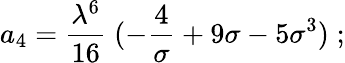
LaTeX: a_{4}={\frac{\lambda^{6}}{16}}\; (-{\frac{4}{\sigma}}+9\sigma-5\sigma^{3})\; ;